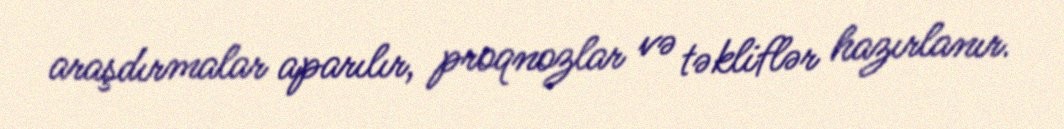
araşdırmalar aparılır, proqnozlar və təkliflər hazırlanır.